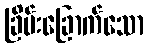
ခြိမ်းခြောက်သော